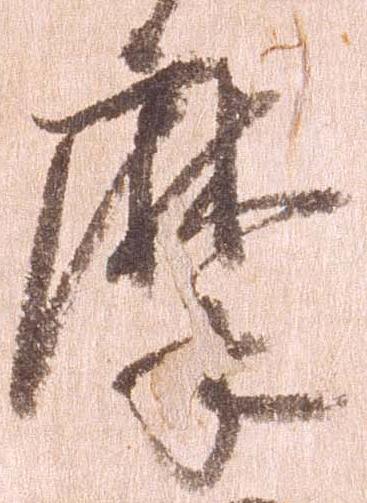
摩